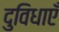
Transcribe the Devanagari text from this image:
दुविधाएँ